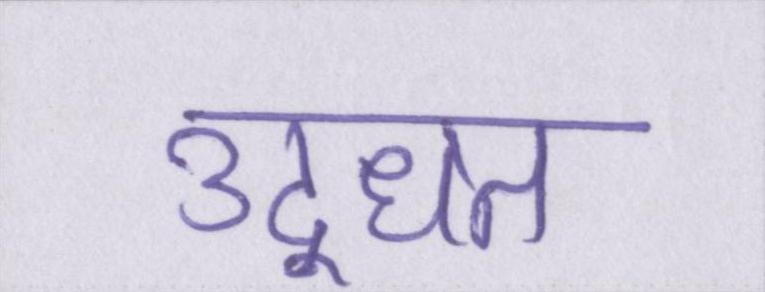
उद्धृत